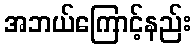
အဘယ်ကြောင့်နည်း